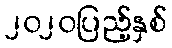
၂၀၂၀ပြည့်နှစ်